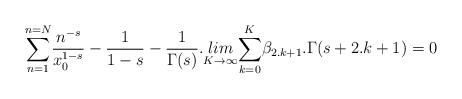
LaTeX: \begin{align*}\underset{n=1}{\overset{n=N}{\sum }}\frac{n^{-s}}{x_0^{1-s}}-\frac{1}{1-s}-\frac{1}{\Gamma (s)}.\underset{K\rightarrow \infty }{lim}\underset{k=0}{\overset{K}{\sum }}\beta _{2.k+1}.\Gamma (s+2.k+1)=0 \end{align*}